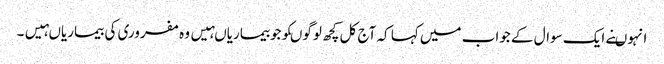
انہوںنے ایک سوال کے جواب میں کہا کہ آج کل کچھ لوگوںکوجوبیماریاںہیں وہ مفروری کی بیماریاںہیں۔